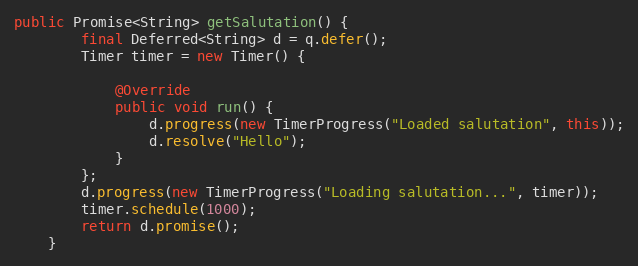
Language: Java
public Promise<String> getSalutation() {
        final Deferred<String> d = q.defer();
        Timer timer = new Timer() {

            @Override
            public void run() {
                d.progress(new TimerProgress("Loaded salutation", this));
                d.resolve("Hello");
            }
        };
        d.progress(new TimerProgress("Loading salutation...", timer));
        timer.schedule(1000);
        return d.promise();
    }